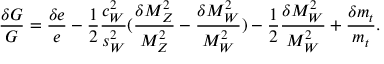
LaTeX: { \frac { \delta G } { G } } = { \frac { \delta e } { e } } - { \frac { 1 } { 2 } } { \frac { c _ { W } ^ { 2 } } { s _ { W } ^ { 2 } } } ( { \frac { \delta M _ { Z } ^ { 2 } } { M _ { Z } ^ { 2 } } } - { \frac { \delta M _ { W } ^ { 2 } } { M _ { W } ^ { 2 } } } ) - { \frac { 1 } { 2 } } { \frac { \delta M _ { W } ^ { 2 } } { M _ { W } ^ { 2 } } } + { \frac { \delta m _ { t } } { m _ { t } } } .